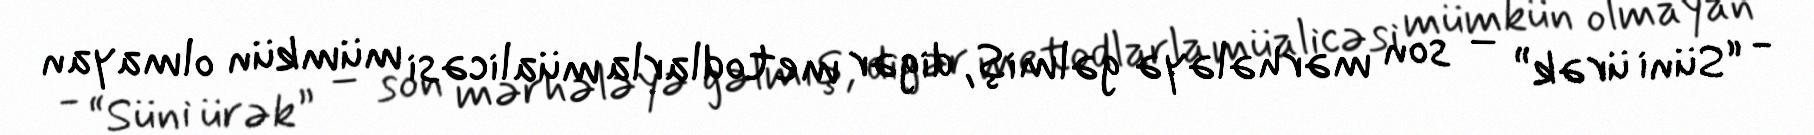
- “Süni ürək” – son mərhələyə gəlmiş, digər metodlarla müalicəsi mümkün olmayan